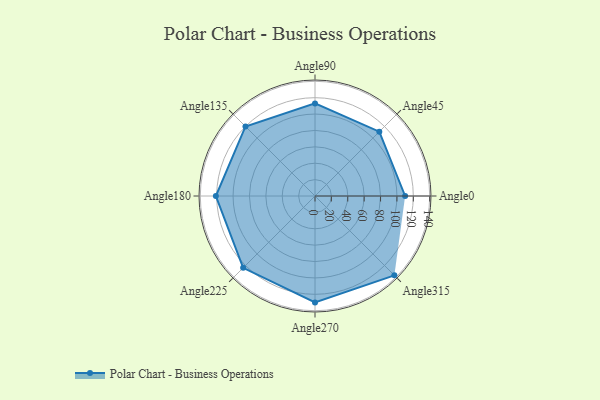
{"axis": {"x": "Angle", "y": "Radius"}, "legend": [""], "data": [{"x": "Angle0", "y": 110.0, "type": ""}, {"x": "Angle45", "y": 111.0, "type": ""}, {"x": "Angle90", "y": 113.0, "type": ""}, {"x": "Angle135", "y": 120.0, "type": ""}, {"x": "Angle180", "y": 121.0, "type": ""}, {"x": "Angle225", "y": 124.0, "type": ""}, {"x": "Angle270", "y": 130.0, "type": ""}, {"x": "Angle315", "y": 137.0, "type": ""}]}